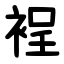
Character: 裎